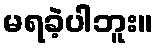
မရခဲ့ပါဘူး။